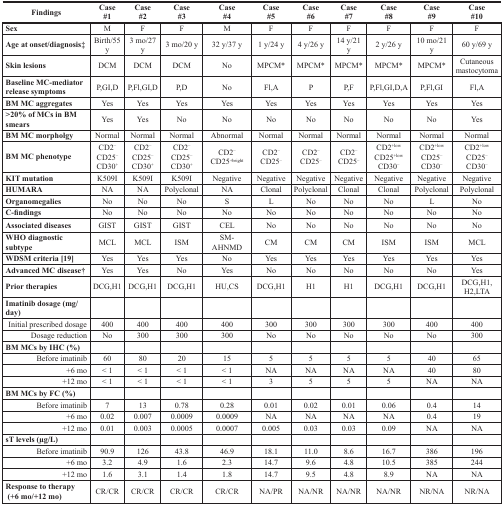
<table><thead><tr><td><b>Findings</b></td><td><b>Case #1</b></td><td><b>Case #2</b></td><td><b>Case #3</b></td><td><b>Case#4</b></td><td><b>Case#5</b></td><td><b>Case#6</b></td><td><b>Case#7</b></td><td><b>Case#8</b></td><td><b>Case#9</b></td><td><b>Case#10</b></td></tr></thead><tbody><tr><td><b>Sex</b></td><td>M</td><td>F</td><td>F</td><td>M</td><td>F</td><td>F</td><td>F</td><td>F</td><td>F</td><td>F</td></tr><tr><td><b>Age at onset/diagnosis‡</b></td><td>Birth/55 y</td><td>3 mo/27 y</td><td>3 mo/20 y</td><td>32 y/37 y</td><td>1 y/24 y</td><td>4 y/26 y</td><td>14 y/21 y</td><td>2 y/26 y</td><td>10 mo/21 y</td><td>60 y/69 y</td></tr><tr><td><b>Skin lesions</b></td><td>DCM</td><td>DCM</td><td>DCM</td><td>No</td><td>MPCM*</td><td>MPCM*</td><td>MPCM*</td><td>MPCM*</td><td>MPCM*</td><td>Cutaneous mastocytoma</td></tr><tr><td><b>Baseline MC-mediator release symptoms</b></td><td>P,GI,D</td><td>P,Fl,GI,D</td><td>P,D</td><td>No</td><td>Fl,A</td><td>P</td><td>P,F</td><td>P,Fl,GI,D,A</td><td>P,Fl,GI</td><td>Fl,A</td></tr><tr><td><b>BM MC aggregates</b></td><td>Yes</td><td>Yes</td><td>Yes</td><td>Yes</td><td>Yes</td><td>Yes</td><td>Yes</td><td>Yes</td><td>Yes</td><td>Yes</td></tr><tr><td><b>&gt;20% of MCs in BM smears</b></td><td>Yes</td><td>Yes</td><td>No</td><td>No</td><td>No</td><td>No</td><td>No</td><td>No</td><td>No</td><td>Yes</td></tr><tr><td><b>BM MC morpholgy</b></td><td>Normal</td><td>Normal</td><td>Normal</td><td>Abnormal</td><td>Normal</td><td>Normal</td><td>Normal</td><td>Normal</td><td>Normal</td><td>Normal</td></tr><tr><td><b>BM MC phenotype</b></td><td>CD2<sup>−</sup>CD25<sup>−</sup>CD30<sup>+</sup></td><td>CD2<sup>−</sup>CD25<sup>−</sup>CD30<sup>+</sup></td><td>CD2<sup>−</sup>CD25<sup>−</sup>CD30<sup>+</sup></td><td>CD2<sup>−</sup>CD25<sup>+bright</sup></td><td>CD2<sup>−</sup>CD25<sup>−</sup></td><td>CD2<sup>−</sup>CD25<sup>−</sup></td><td>CD2<sup>−</sup>CD25<sup>−</sup></td><td>CD2<sup>+low</sup>CD25<sup>+low</sup>CD30<sup>−</sup></td><td>CD2<sup>+low</sup>CD25<sup>−</sup>CD30<sup>−</sup></td><td>CD2<sup>+low</sup>CD25<sup>−</sup>CD30<sup>−</sup></td></tr><tr><td><b>KIT mutation</b></td><td>K509I</td><td>K509I</td><td>K509I</td><td>Negative</td><td>Negative</td><td>Negative</td><td>Negative</td><td>Negative</td><td>Negative</td><td>Negative</td></tr><tr><td><b>HUMARA</b></td><td>NA</td><td>NA</td><td>Polyclonal</td><td>NA</td><td>Clonal</td><td>Polyclonal</td><td>Clonal</td><td>Clonal</td><td>Polyclonal</td><td>Polyclonal</td></tr><tr><td><b>Organomegalies</b></td><td>No</td><td>No</td><td>No</td><td>S</td><td>L</td><td>No</td><td>No</td><td>No</td><td>L</td><td>No</td></tr><tr><td><b>C-findings</b></td><td>No</td><td>No</td><td>No</td><td>No</td><td>No</td><td>No</td><td>No</td><td>No</td><td>No</td><td>No</td></tr><tr><td><b>Associated diseases</b></td><td>GIST</td><td>GIST</td><td>GIST</td><td>CEL</td><td>No</td><td>No</td><td>No</td><td>No</td><td>No</td><td>No</td></tr><tr><td><b>WHO diagnostic subtype</b></td><td>MCL</td><td>MCL</td><td>ISM</td><td>SM-AHNMD</td><td>CM</td><td>CM</td><td>CM</td><td>ISM</td><td>ISM</td><td>MCL</td></tr><tr><td><b>WDSM criteria</b> [19]</td><td>Yes</td><td>Yes</td><td>Yes</td><td>No</td><td>Yes</td><td>Yes</td><td>Yes</td><td>Yes</td><td>Yes</td><td>Yes</td></tr><tr><td><b>Advanced MC disease†</b></td><td>Yes</td><td>Yes</td><td>No</td><td>Yes</td><td>No</td><td>No</td><td>No</td><td>No</td><td>No</td><td>Yes</td></tr><tr><td><b>Prior therapies</b></td><td>DCG,H1</td><td>DCG,H1</td><td>DCG,H1</td><td>HU,CS</td><td>DCG,H1</td><td>H1</td><td>H1</td><td>DCG,H1</td><td>DCG,H1</td><td>DCG,H1,H2,LTA</td></tr><tr><td><b>Imatinib dosage (mg/day)</b></td><td></td><td></td><td></td><td></td><td></td><td></td><td></td><td></td><td></td><td></td></tr><tr><td>Initial prescribed dosage</td><td>400</td><td>400</td><td>400</td><td>400</td><td>300</td><td>300</td><td>300</td><td>300</td><td>400</td><td>400</td></tr><tr><td>Dosage reduction</td><td>No</td><td>300</td><td>300</td><td>300</td><td>No</td><td>No</td><td>No</td><td>No</td><td>No</td><td>300</td></tr><tr><td><b>BM MCs by IHC (%)</b></td><td></td><td></td><td></td><td></td><td></td><td></td><td></td><td></td><td></td><td></td></tr><tr><td>Before imatinib</td><td>60</td><td>80</td><td>20</td><td>15</td><td>5</td><td>5</td><td>5</td><td>5</td><td>40</td><td>65</td></tr><tr><td>+6 mo</td><td>&lt; 1</td><td>&lt; 1</td><td>&lt; 1</td><td>&lt; 1</td><td>NA</td><td>NA</td><td>NA</td><td>NA</td><td>40</td><td>80</td></tr><tr><td>+12 mo</td><td>&lt; 1</td><td>&lt; 1</td><td>&lt; 1</td><td>&lt; 1</td><td>3</td><td>5</td><td>5</td><td>5</td><td>NA</td><td>NA</td></tr><tr><td><b>BM MCs by FC (%)</b></td><td></td><td></td><td></td><td></td><td></td><td></td><td></td><td></td><td></td><td></td></tr><tr><td>Before imatinib</td><td>7</td><td>13</td><td>0.78</td><td>0.28</td><td>0.01</td><td>0.02</td><td>0.01</td><td>0.06</td><td>0.4</td><td>14</td></tr><tr><td>+6 mo</td><td>0.02</td><td>0.007</td><td>0.0009</td><td>0.0009</td><td>NA</td><td>NA</td><td>NA</td><td>NA</td><td>0.4</td><td>19</td></tr><tr><td>+12 mo</td><td>0.01</td><td>0.003</td><td>0.0005</td><td>0.0007</td><td>0.005</td><td>0.03</td><td>0.03</td><td>0.09</td><td>NA</td><td>NA</td></tr><tr><td><b>sT levels (μg/L)</b></td><td></td><td></td><td></td><td></td><td></td><td></td><td></td><td></td><td></td><td></td></tr><tr><td>Before imatinib</td><td>90.9</td><td>126</td><td>43.8</td><td>46.9</td><td>18.1</td><td>11.0</td><td>8.6</td><td>16.7</td><td>386</td><td>196</td></tr><tr><td>+6 mo</td><td>3.2</td><td>4.9</td><td>1.6</td><td>2.3</td><td>14.7</td><td>9.6</td><td>4.8</td><td>10.5</td><td>385</td><td>244</td></tr><tr><td>+12 mo</td><td>1.6</td><td>3.1</td><td>1.4</td><td>1.8</td><td>14.7</td><td>9.5</td><td>4.8</td><td>8.9</td><td>NA</td><td>NA</td></tr><tr><td><b>Response to therapy</b><b>(+6 mo/+12 mo)</b></td><td>CR/CR</td><td>CR/CR</td><td>CR/CR</td><td>CR/CR</td><td>NA/PR</td><td>NA/NR</td><td>NA/NR</td><td>NA/NR</td><td>NR/NA</td><td>NR/NA</td></tr></tbody></table>